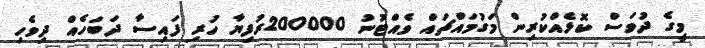
މީގެ ދުވަސް ކޮޅެއްކުރިން މަގުމައްޗައް ވެއްޓުނު 200000ރުފިޔާ ހުރި ފައިސާ ދަބަހެއް ދިވެހި